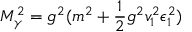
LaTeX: M _ { \gamma } ^ { 2 } = g ^ { 2 } ( m ^ { 2 } + { \frac { 1 } { 2 } } g ^ { 2 } v _ { 1 } ^ { 2 } \epsilon _ { 1 } ^ { 2 } )